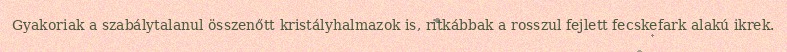
Gyakoriak a szabálytalanul összenőtt kristályhalmazok is, ritkábbak a rosszul fejlett fecskefark alakú ikrek.